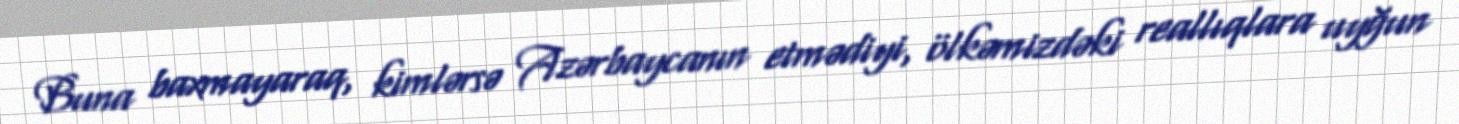
Buna baxmayaraq, kimlərsə Azərbaycanın etmədiyi, ölkəmizdəki reallıqlara uyğun